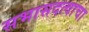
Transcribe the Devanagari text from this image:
सभासदत्वाचा